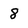
Character: 8